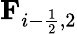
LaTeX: \textbf{F}_{i-\frac{1}{2},2}